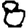
Digit: 8